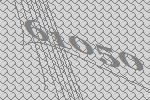
61050